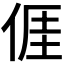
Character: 𠊎